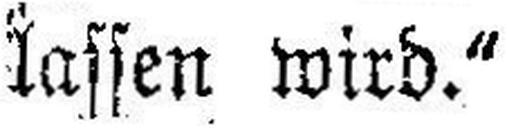
lassen wird.“